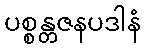
ပစ္စန္တဇနပဒါနံ